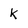
Character: k